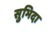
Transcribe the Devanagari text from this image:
सुभिदा